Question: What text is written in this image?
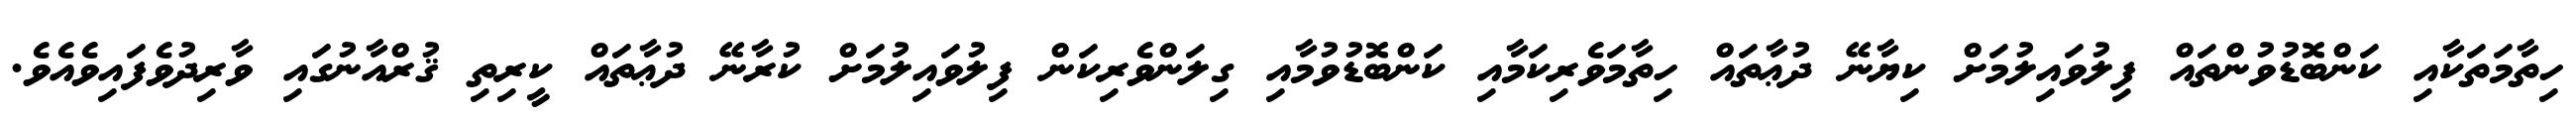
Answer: ހިތާމަތަކާއި ކަންބޮޑުވުންތައް ފިލުވައިލުމަށް ކިޔާނޭ ދުޢާތައް ހިތާމަވެރިކަމާއި ކަންބޮޑުވުމާއި ގިލަންވެރިކަން ފިލުވައިލުމަށް ކުރާނޭ ދުޢާތައް ކީރިތި ޤުރްއާނުގައި ވާރިދުވެފައިވެއެވެ.